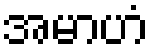
အမာဟံ